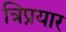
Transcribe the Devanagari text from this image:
त्रिप्रयार